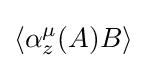
\left\langle \alpha _{z}^{\mu }(A)B\right\rangle